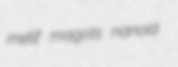
metif magots nanoid